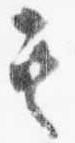
其